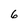
Character: 6